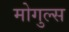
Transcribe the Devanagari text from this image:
मोगुल्स